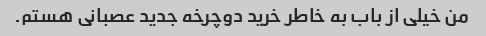
من خیلی از باب به خاطر خرید دوچرخه جدید عصبانی هستم.